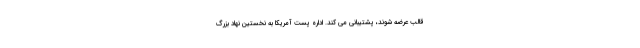
قالب عرضه شوند، پشتیبانی می کند. اداره پست آمریکا به نخستین نهاد بزرگ